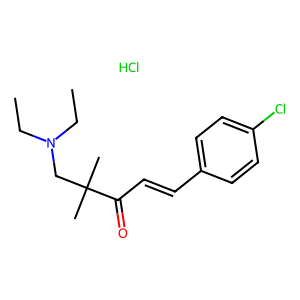
SMILES: CCN(CC)CC(C)(C)C(=O)C=Cc1ccc(Cl)cc1.Cl
Inhibits HIV replication: No